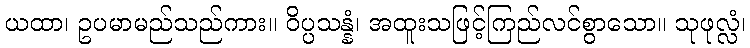
ယထာ၊ ဥပမာမည်သည်ကား။ ဝိပ္ပသန္နံ၊ အထူးသဖြင့်ကြည်လင်စွာသော။ သုဖုလ္လံ၊